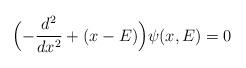
LaTeX: \begin{align*}\Bigl(- \frac{d^2}{dx^2} +(x-E) \Bigr) \psi(x,E)=0\end{align*}